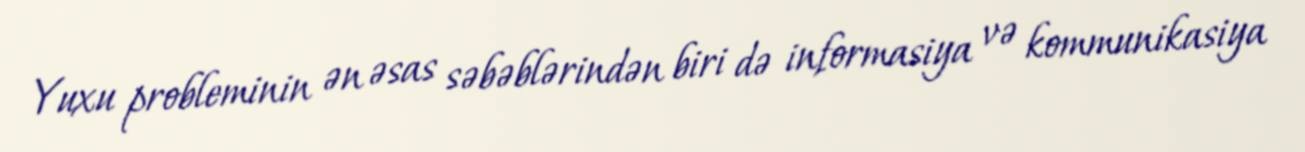
Yuxu probleminin ən əsas səbəblərindən biri də informasiya və kommunikasiya